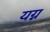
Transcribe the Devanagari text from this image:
यग्न